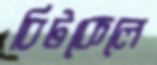
বিটকেলে